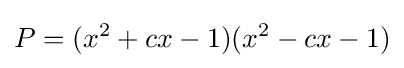
P=(x^{2}+cx-1)(x^{2}-cx-1)